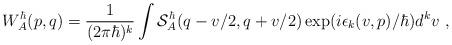
LaTeX: \begin{align*} W^{\hbar}_A(p,q) = \frac{1}{(2\pi{\hbar})^k} \int {\mathcal S}_A^{\hbar}(q-v/2,q+v/2)\exp(i\epsilon_k(v,p)/\hbar)d^kv \ , \end{align*}